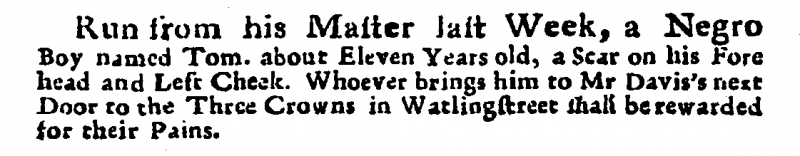
Post Man and the Historical Account, 31 January 1719 (England)
Run from his Master last Week, a Negro Boy named Tom. about Eleven Years old, a Scar on his Fore head and Left Cheek. Whoever brings him to Mr Davis’s next Door to the Three Crowns in Watlingstreet shall be rewarded for their Pains.